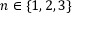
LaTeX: n \in \{ 1 , 2 , 3 \}